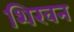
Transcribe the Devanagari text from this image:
शिखन